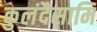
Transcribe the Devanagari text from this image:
कुलंदैसामि